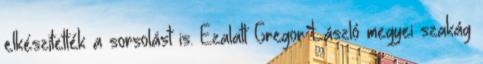
elkészítették a sorsolást is. Ezalatt Gregor László megyei szakág